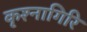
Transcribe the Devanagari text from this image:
कृश्नागिरि